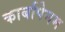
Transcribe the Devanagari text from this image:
कार्बापेनम